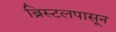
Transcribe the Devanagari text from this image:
ब्रिस्टलपासून